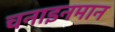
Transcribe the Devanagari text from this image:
चनाइनमान